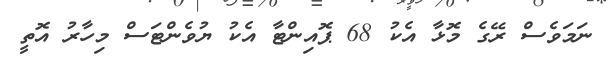
ނަމަވެސް ރޭގެ މޮޅާ އެކު 68 ޕޮއިންޓާ އެކު ޔުވެންޓަސް މިހާރު އޮތީ